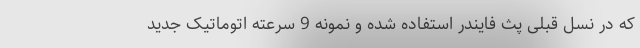
که در نسل قبلی پث فایندر استفاده شده و نمونه 9 سرعته اتوماتیک جدید